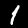
Digit: 1